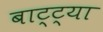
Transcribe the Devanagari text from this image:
बाट्ट्या